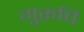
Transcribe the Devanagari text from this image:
गुरुचि